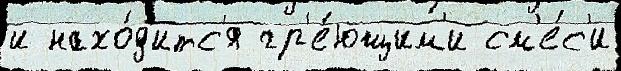
и нахо́д'итс'я гр'е́ющим'и см'е́с'и